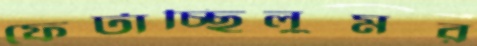
ফেটাচ্ছিলুমর